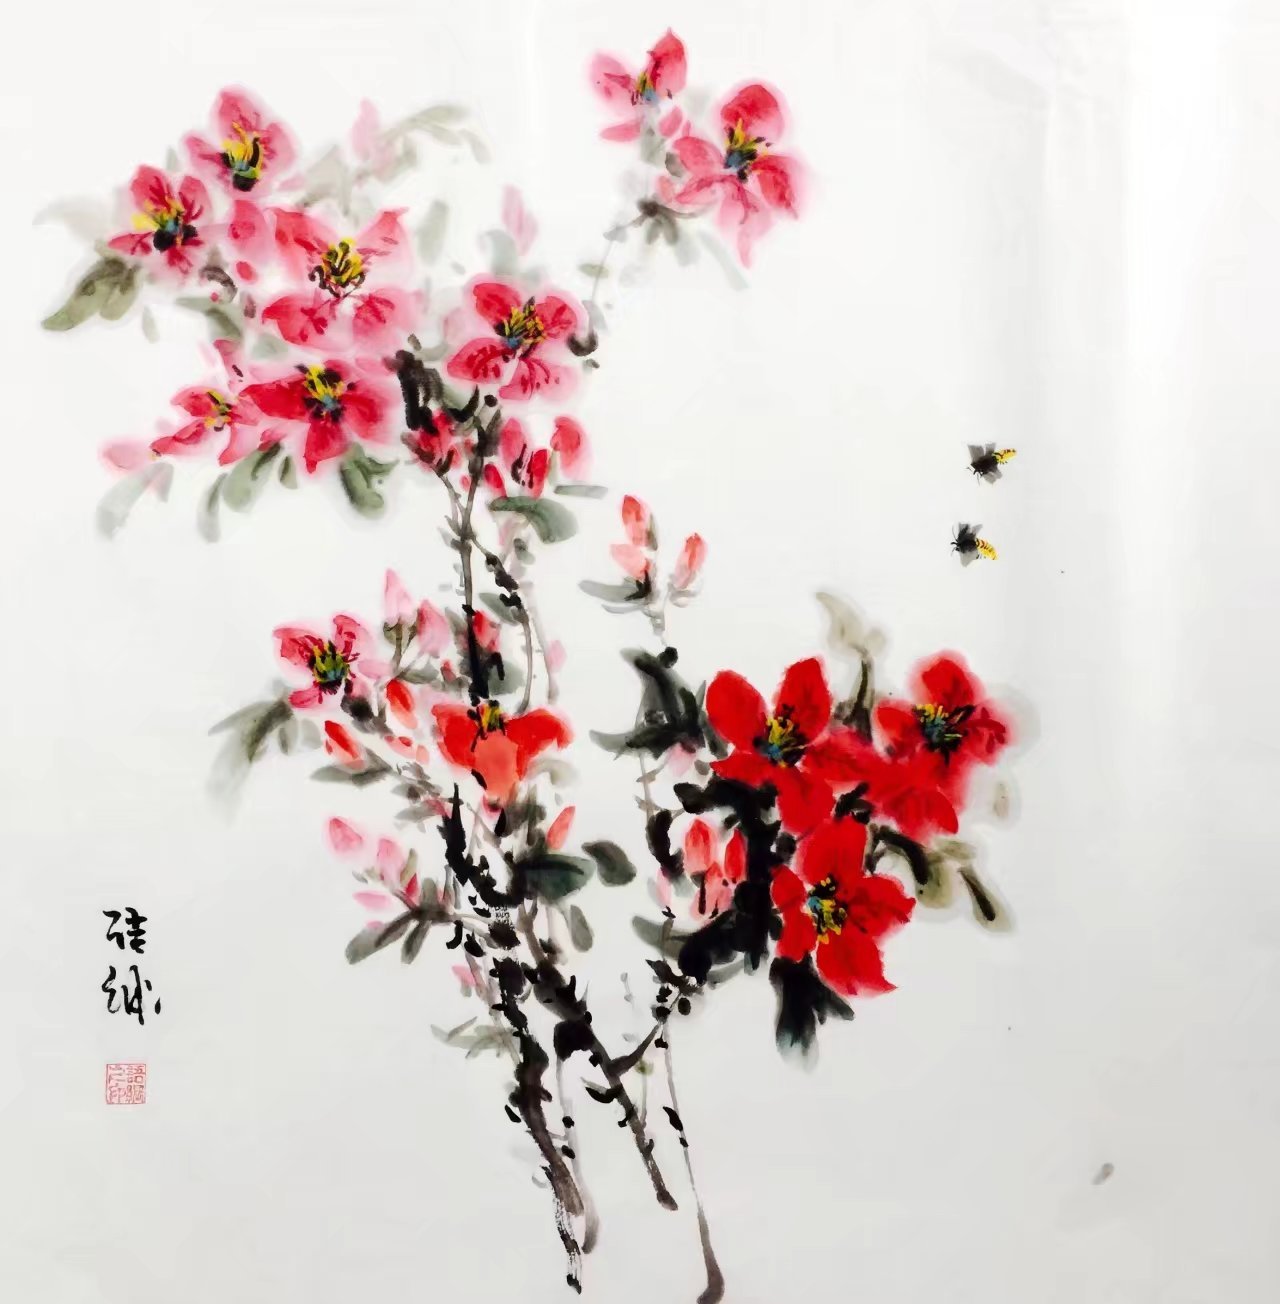
紫艳半开篱菊静，红衣落尽渚莲愁。